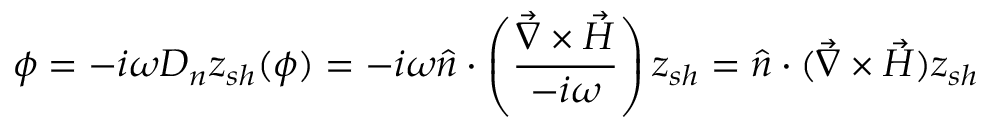
\phi = - i \omega D _ { n } z _ { s h } ( \phi ) = - i \omega \hat { n } \cdot \left( \frac { \vec { \nabla } \times \vec { H } } { - i \omega } \right) z _ { s h } = \hat { n } \cdot ( \vec { \nabla } \times \vec { H } ) z _ { s h }